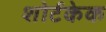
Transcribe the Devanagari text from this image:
शोर्टकेक